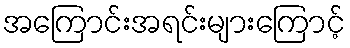
အကြောင်းအရင်းများကြောင့်